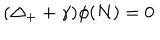
LaTeX: ( \Delta _ { + } + \gamma ) \phi ( N ) = 0